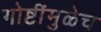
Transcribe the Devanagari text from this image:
गोष्टींमुळेच